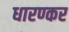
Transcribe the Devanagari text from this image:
धारण्कर